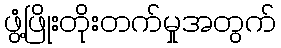
ဖွံ့ဖြိုးတိုးတက်မှုအတွက်